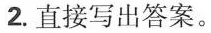
2.直接写出答案。